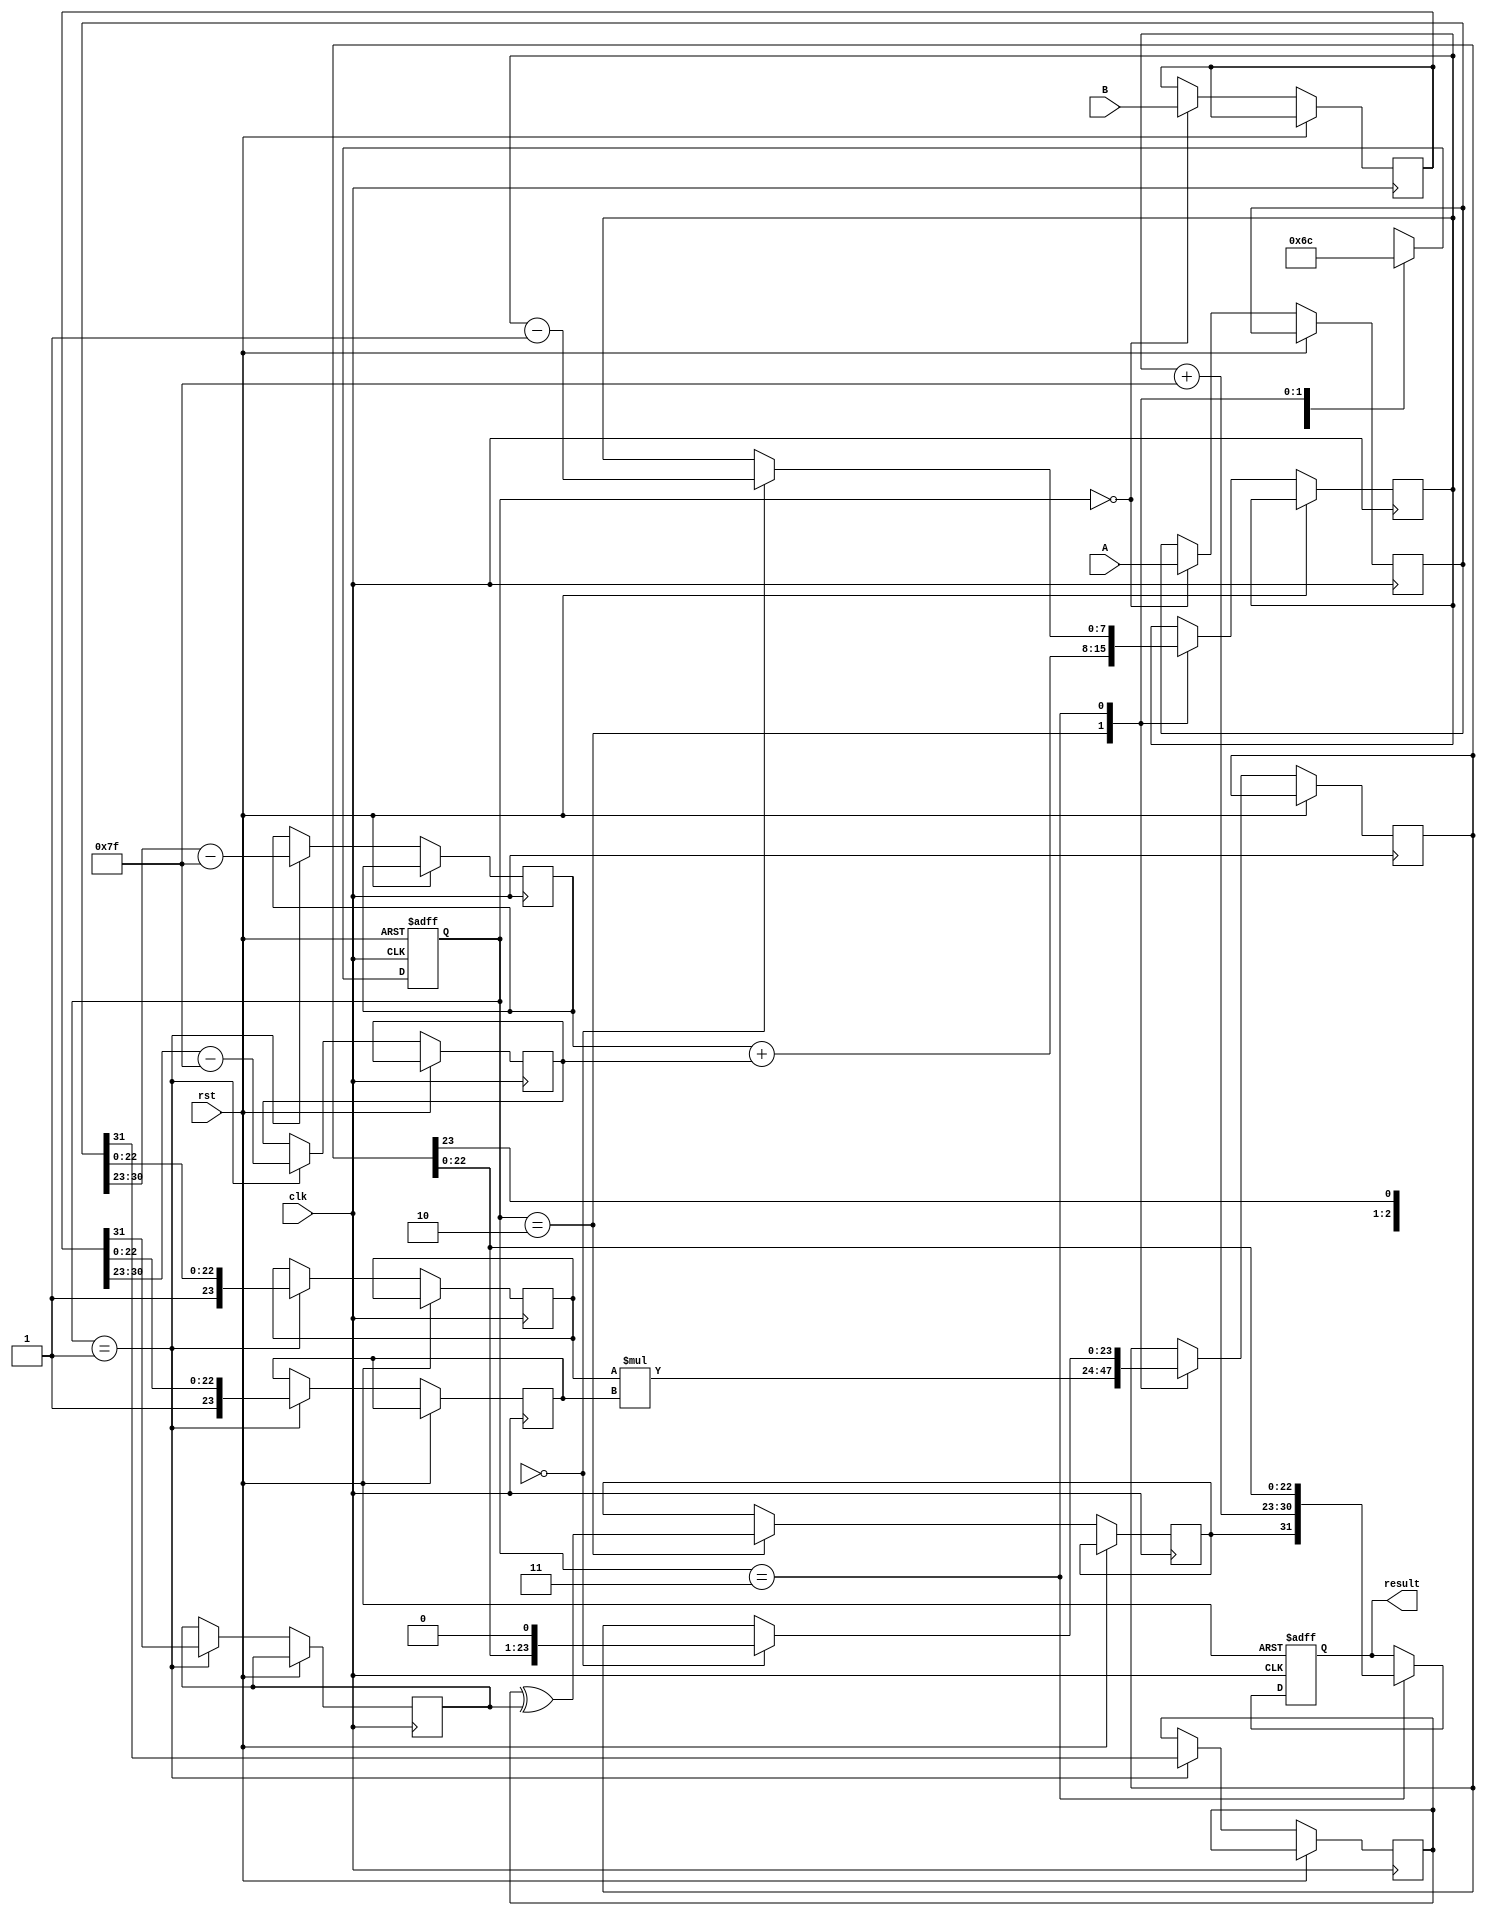
module pipelined_fp_multiplier (
    input clk,
    input rst,
    input [31:0] A, // First floating-point input
    input [31:0] B, // Second floating-point input
    output reg [31:0] result // Resulting floating-point output
);

// Pipeline registers
reg [31:0] A_reg, B_reg;
reg [7:0] exp_A, exp_B, exp_result;
reg [23:0] mant_A, mant_B, mant_result;
reg sign_A, sign_B, sign_result;
reg [1:0] state; // State for pipeline control

// Constants
parameter EXP_BIAS = 8'd127;

// State definitions
parameter IDLE = 2'b00;
parameter NORMALIZE = 2'b01;
parameter MULTIPLY = 2'b10;
parameter OUTPUT = 2'b11;

// Initial state
initial begin
    state = IDLE;
    result = 32'b0;
end

// Pipeline control
always @(posedge clk or posedge rst) begin
    if (rst) begin
        state <= IDLE;
        result <= 32'b0;
    end else begin
        case (state)
            IDLE: begin
                // Register inputs
                A_reg <= A;
                B_reg <= B;
                state <= NORMALIZE;
            end
            
            NORMALIZE: begin
                // Extract sign, exponent, and mantissa
                sign_A <= A_reg[31];
                sign_B <= B_reg[31];
                exp_A <= A_reg[30:23] - EXP_BIAS;
                exp_B <= B_reg[30:23] - EXP_BIAS;
                mant_A <= {1'b1, A_reg[22:0]}; // Implicit leading 1
                mant_B <= {1'b1, B_reg[22:0]}; // Implicit leading 1
                state <= MULTIPLY;
            end
            
            MULTIPLY: begin
                // Multiply mantissas
                mant_result <= mant_A * mant_B;
                exp_result <= exp_A + exp_B; // Add exponents
                sign_result <= sign_A ^ sign_B; // XOR for sign
                state <= OUTPUT;
            end
            
            OUTPUT: begin
                // Normalize the result
                if (mant_result[47]) begin // Check for overflow
                    mant_result <= mant_result >> 1;
                    exp_result <= exp_result + 1;
                end else if (mant_result[46:23] == 0) begin // Check for underflow
                    mant_result <= mant_result << 1;
                    exp_result <= exp_result - 1;
                end
                
                // Assemble final result
                result <= {sign_result, exp_result + EXP_BIAS, mant_result[22:0]};
                state <= IDLE; // Go back to IDLE
            end
            
            default: state <= IDLE;
        endcase
    end
end

endmodule